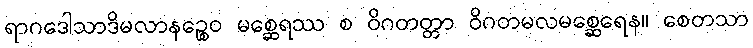
ရာဂဒေါသာဒိမလာနဉ္စေဝ မစ္ဆေရဿ စ ဝိဂတတ္တာ ဝိဂတမလမစ္ဆေရေန။ စေတသာ